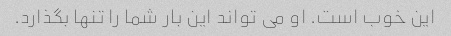
این خوب است. او می تواند این بار شما را تنها بگذارد.